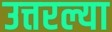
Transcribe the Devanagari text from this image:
उत्तरल्या